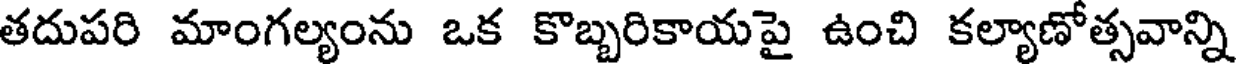
తదుపరి మాంగల్యంను ఒక కొబ్బరికాయపై ఉంచి కల్యాణోత్సవాన్ని